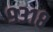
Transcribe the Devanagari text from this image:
९३१८